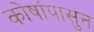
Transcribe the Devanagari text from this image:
कोषांपासुन